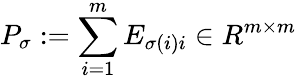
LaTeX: P_{\sigma}:=\sum_{i=1}^{m}E_{\sigma(i)i}\in R^{m\times m}